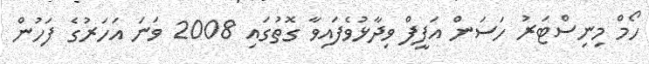
ހޯމް މިނިސްޓަރު ހަސަން އަފީފް ވިދާޅުވެފައިވާ ގޮތުގައި 2008 ވަނަ އަހަރުގެ ފަހުން